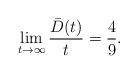
LaTeX: \begin{align*}\lim_{t\rightarrow \infty }\frac{\bar{D}(t)}{t}=\frac{4}{9}. \end{align*}